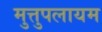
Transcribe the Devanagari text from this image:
मुत्तुपलायम